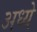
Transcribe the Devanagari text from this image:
अध्ये